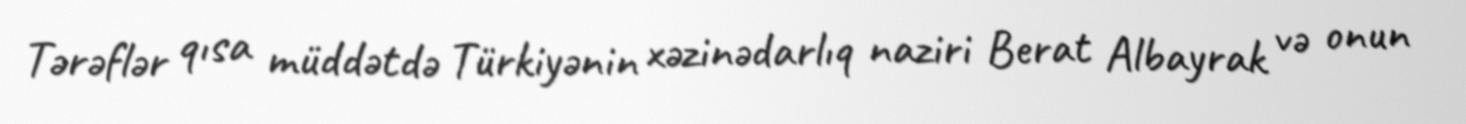
Tərəflər qısa müddətdə Türkiyənin xəzinədarlıq naziri Berat Albayrak və onun